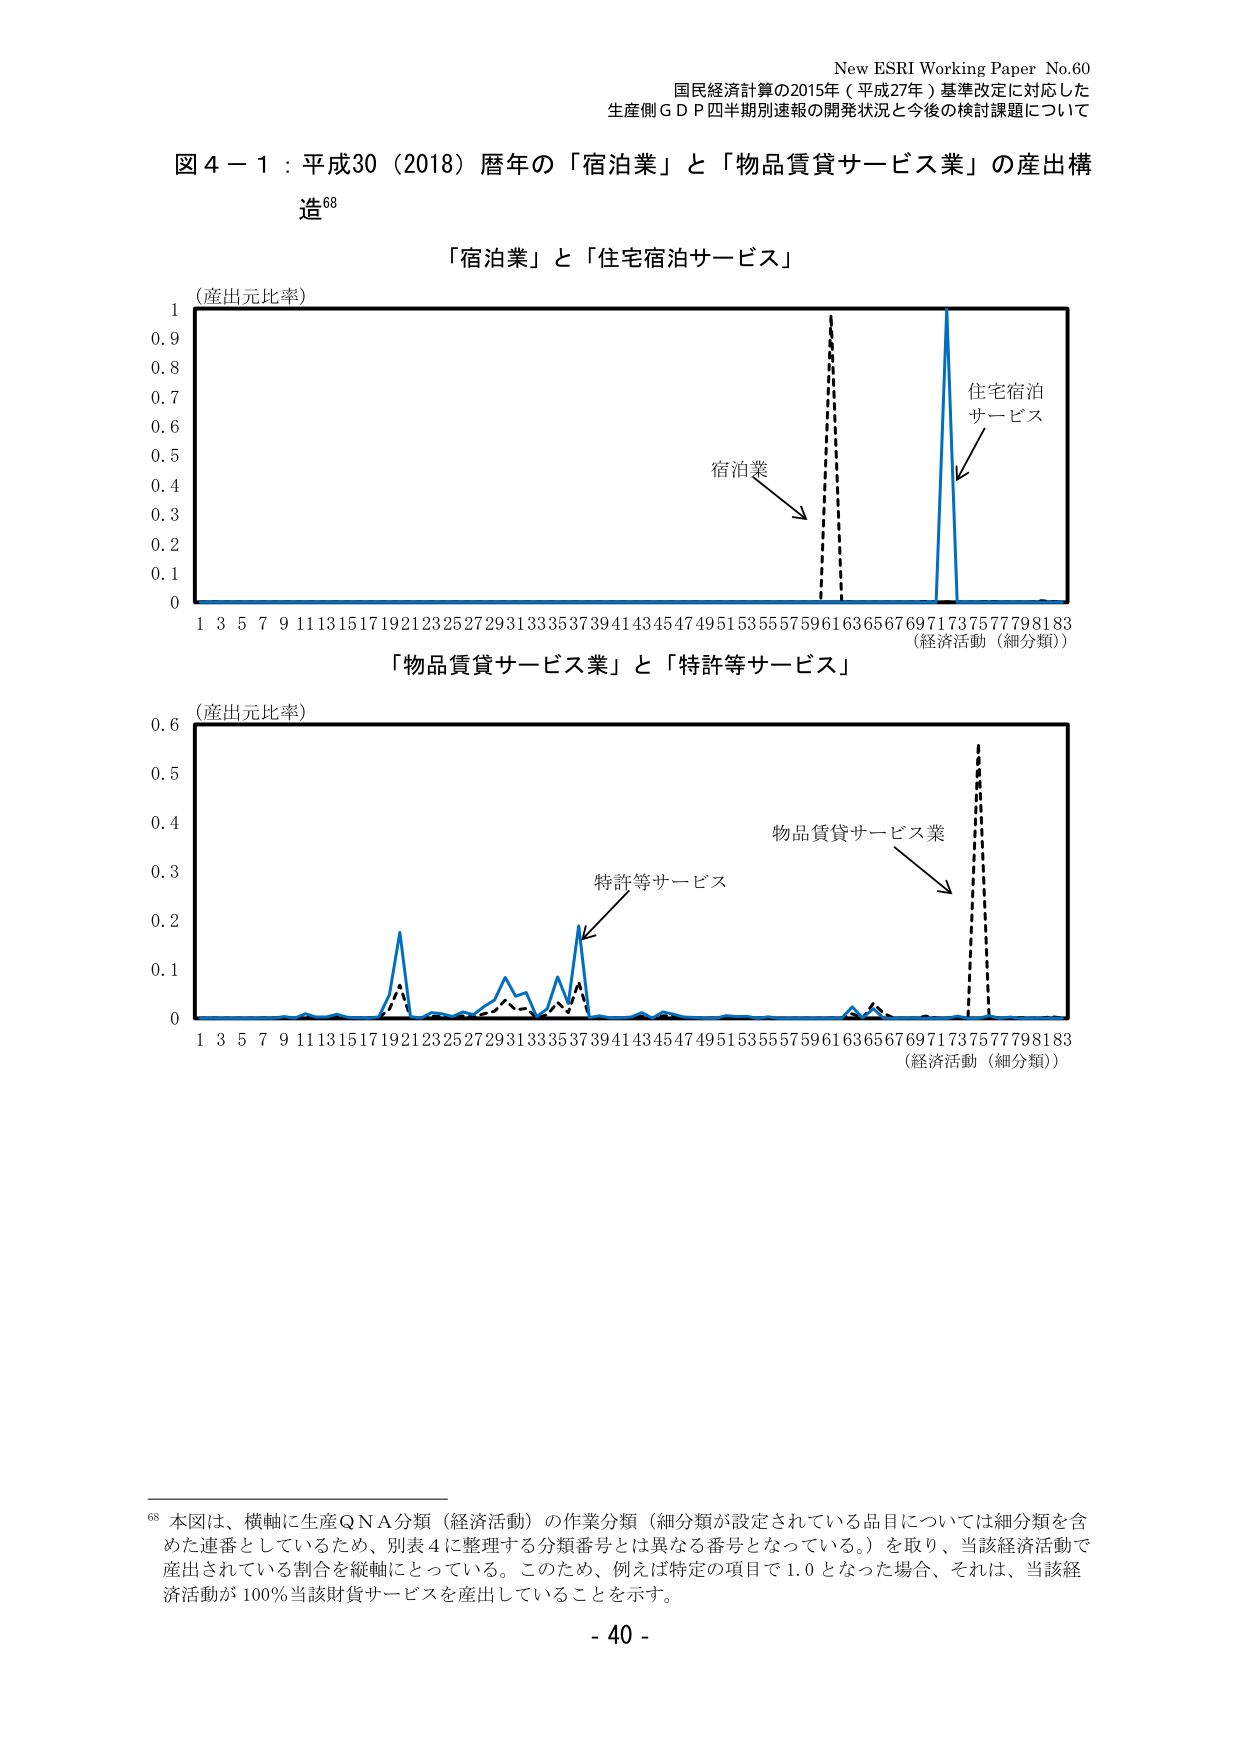
New ESRI Working Paper No.60
国民経済計算の2015年（平成27年）基準改定に対応した
生産側ＧＤＰ四半期別速報の開発状況と今後の検討課題について

図４－１：平成30（2018）暦年の「宿泊業」と「物品賃貸サービス業」の産出構造⁶⁸

「宿泊業」と「住宅宿泊サービス」
（産出元比率）
0
0.1
0.2
0.3
0.4
0.5
0.6
0.7
0.8
0.9
1
1 3 5 7 9 11 13 15 17 19 21 23 25 27 29 31 33 35 37 39 41 43 45 47 49 51 53 55 57 59 61 63 65 67 69 71 73 75 77 79 81 83
（経済活動（細分類））
宿泊業
住宅宿泊サービス

「物品賃貸サービス業」と「特許等サービス」
（産出元比率）
0
0.1
0.2
0.3
0.4
0.5
0.6
1 3 5 7 9 11 13 15 17 19 21 23 25 27 29 31 33 35 37 39 41 43 45 47 49 51 53 55 57 59 61 63 65 67 69 71 73 75 77 79 81 83
（経済活動（細分類））
特許等サービス
物品賃貸サービス業

⁶⁸ 本図は、横軸に生産ＱＮＡ分類（経済活動）の作業分類（細分類が設定されている品目については細分類を含めた連番としているため、別表４に整理する分類番号とは異なる番号となっている。）を取り、当該経済活動で産出されている割合を縦軸にとっている。このため、例えば特定の項目で1.0となった場合、それは、当該経済活動が100％当該財貨サービスを産出していることを示す。

- 40 -